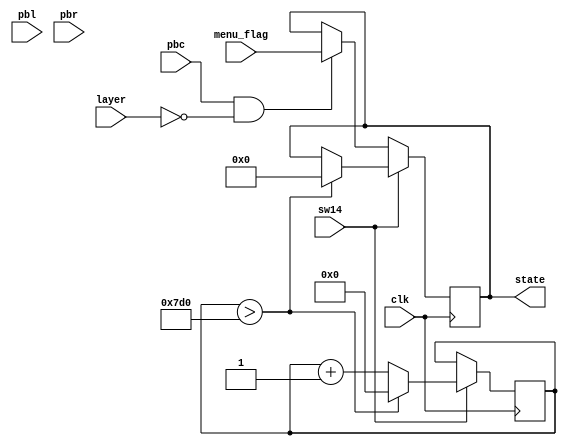
`timescale 1ns / 1ps
//////////////////////////////////////////////////////////////////////////////////
// Company: 
// Engineer: 
// 
// Design Name: 
// Module Name: changestate
// Project Name: 
// Target Devices: 
// Tool Versions: 
// Description: 
// 
// Dependencies: 
// 
// Revision:
// Revision 0.01 - File Created
// Additional Comments:
// 
//////////////////////////////////////////////////////////////////////////////////


module aftermenu( //change state
    input clk, pbc, pbl, pbr, sw14,
    input [3:0] layer, menu_flag, // menu flag
    output reg [3:0] state
    );
    reg [31:0] COUNT = 0;
    always @ (posedge clk) begin
        if (sw14) begin
            COUNT <= COUNT + 1; 
            if (COUNT > 2000) begin
                state <= 0;
                COUNT <= 0;
            end
        end
        else begin
          if (pbc && layer == 0) 
            state <= menu_flag;
//          else if (pbr && menu_flag == 0 && layer == 0) //enter lab task
//            state <= 4;
          else 
            state <= state;
        end
    end
endmodule